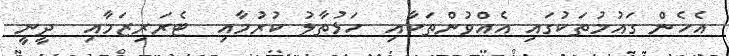
އެހެން ގައުމުތަކުގައި އެއްވުންތަކާއި  ހަޅުތާލު ކުރުމާއި  ޓެރަރިޒަމާއި  ދީނީ